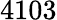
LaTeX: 4103